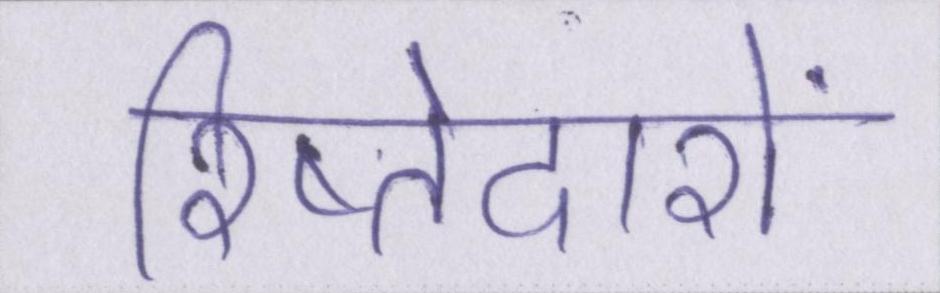
रिष्तेदारों